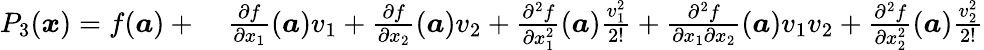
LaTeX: \begin{array}{rl}{P_{3}({\boldsymbol{x}})=f({\boldsymbol{a}})+{}}&{{}{\frac{\partial f}{\partial x_{1}}}({\boldsymbol{a}})v_{1}+{\frac{\partial f}{\partial x_{2}}}({\boldsymbol{a}})v_{2}+{\frac{\partial^{2}f}{\partial x_{1}^{2}}}({\boldsymbol{a}}){\frac{v_{1}^{2}}{2!}}+{\frac{\partial^{2}f}{\partial x_{1}\partial x_{2}}}({\boldsymbol{a}})v_{1}v_{2}+{\frac{\partial^{2}f}{\partial x_{2}^{2}}}({\boldsymbol{a}}){\frac{v_{2}^{2}}{2!}}}\end{array}